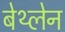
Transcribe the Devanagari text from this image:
बेथ्लेन